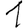
Digit: 1